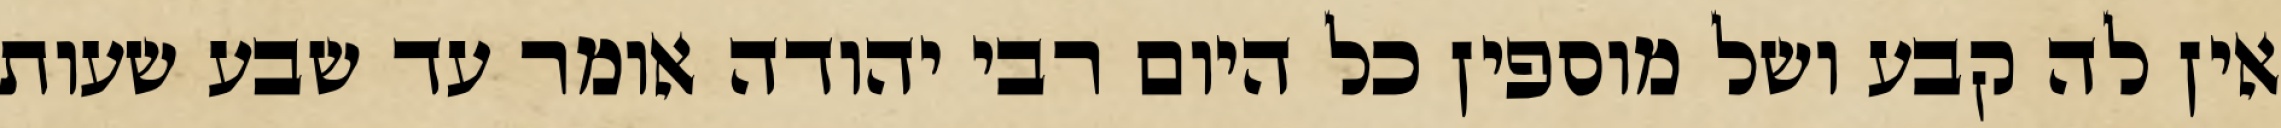
אין לה קבע ושל מוספין כל היום רבי יהודה אומר עד שבע שעות